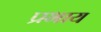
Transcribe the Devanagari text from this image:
प्रभाय